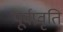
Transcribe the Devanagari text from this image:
पूर्वप्रवृति